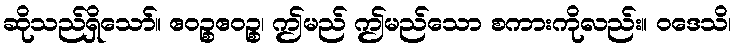
ဆိုသည်ရှိသော်။ ဧဝဉ္စဧဝဉ္စ၊ ဤမည် ဤမည်သော စကားကိုလည်း။ ဝဒေသိ၊